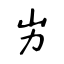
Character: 屴